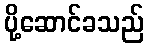
ပို့ဆောင်ခသည်